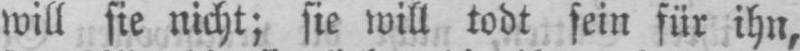
will sie nicht; sie will todt sein für ihn,